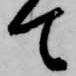
て